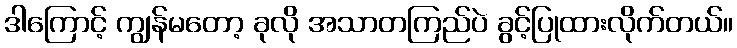
ဒါကြောင့် ကျွန်မတော့ ခုလို အသာတကြည်ပဲ ခွင့်ပြုထားလိုက်တယ်။